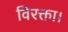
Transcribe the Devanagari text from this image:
विरक्ता।